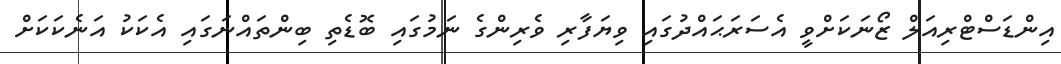
އިންޑަސްޓްރިއަލް ޒޯނަކަށްވީ އެސަރަޙައްދުގައި ވިޔަފާރި ވެރިންގެ ނަމުގައި ބޮޑެތި ބިންތައްނަގައި އެކަކު އަނެކަކަށް